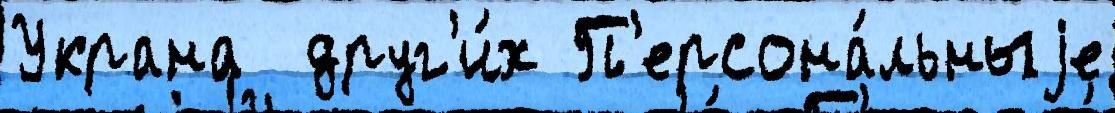
Украна  друг'и́х П'ерсона́льныjе